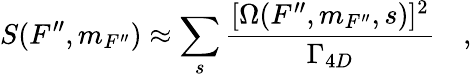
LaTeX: S(F^{\prime\prime},m_{F^{\prime\prime}})\approx\sum_{s}\frac{[\Omega(F^{\prime\prime},m_{F^{\prime\prime}},s)]^{2}}{\Gamma_{4D}}\quad,